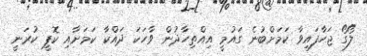
ލޯގޯ ޖަހާފައިވާ ކަމަށްބުނެ ގައުމީ އިއްތިހާދުން ވާހަކަ ދައްކާ ކަމަށާއި ކޮޕީ ކުރަނީ